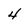
Character: 4